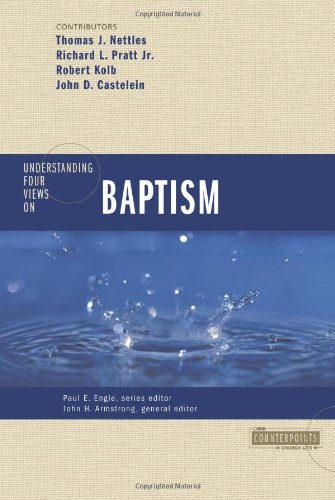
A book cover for Understanding Four Views on Baptism (Counterpoints: Church Life); Christian Books & Bibles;